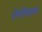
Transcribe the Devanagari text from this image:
रोगीशाला